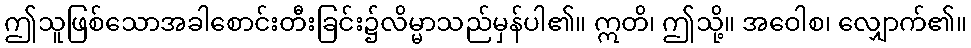
ဤသူဖြစ်သောအခါစောင်းတီးခြင်း၌လိမ္မာသည်မှန်ပါ၏။ ဣတိ၊ ဤသို့။ အဝေါစ၊ လျှောက်၏။